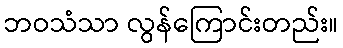
ဘဝသံသာ လွန်ကြောင်းတည်း။